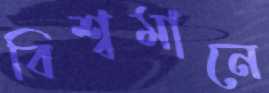
বিশ্বমানে